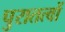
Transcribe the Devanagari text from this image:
पुरातत्वों